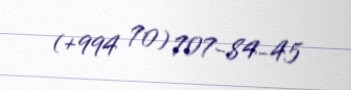
(+994 70) 707-84-45